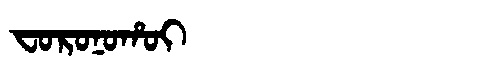
Manchu: ᠸᠣᡵᠣᠨᠣᡥᠣᡳ
Romanization: FORONOHOI